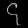
Digit: ၄